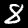
Digit: 8